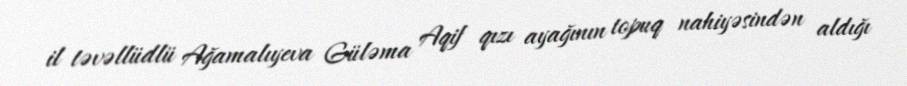
il təvəllüdlü Ağamalıyeva Güləma Aqif qızı ayağının topuq nahiyəsindən aldığı